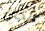
الخان